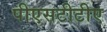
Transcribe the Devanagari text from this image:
पीएसटीटीए